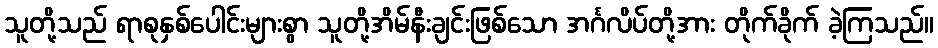
သူတို့သည် ရာစုနှစ်ပေါင်းများစွာ သူတို့အိမ်နီးချင်းဖြစ်သော အင်္ဂလိပ်တို့အား တိုက်ခိုက် ခဲ့ကြသည်။